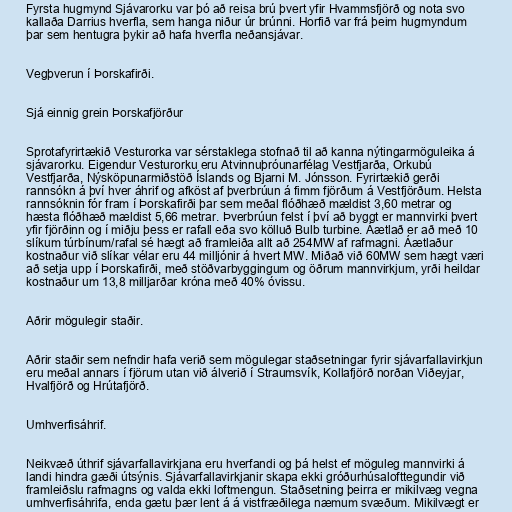
Fyrsta hugmynd Sjávarorku var þó að reisa brú þvert yfir Hvammsfjörð og nota svo
kallaða Darrius hverfla, sem hanga niður úr brúnni. Horfið var frá þeim hugmyndum
þar sem hentugra þykir að hafa hverfla neðansjávar.

Vegþverun í Þorskafirði.

Sjá einnig grein Þorskafjörður

Sprotafyrirtækið Vesturorka var sérstaklega stofnað til að kanna nýtingarmöguleika á
sjávarorku. Eigendur Vesturorku eru Atvinnuþróunarfélag Vestfjarða, Orkubú
Vestfjarða, Nýsköpunarmiðstöð Íslands og Bjarni M. Jónsson. Fyrirtækið gerði
rannsókn á því hver áhrif og afköst af þverbrúun á fimm fjörðum á Vestfjörðum. Helsta
rannsóknin fór fram í Þorskafirði þar sem meðal flóðhæð mældist 3,60 metrar og
hæsta flóðhæð mældist 5,66 metrar. Þverbrúun felst í því að byggt er mannvirki þvert
yfir fjörðinn og í miðju þess er rafall eða svo kölluð Bulb turbine. Áætlað er að með 10
slíkum túrbínum/rafal sé hægt að framleiða allt að 254MW af rafmagni. Áætlaður
kostnaður við slíkar vélar eru 44 milljónir á hvert MW. Miðað við 60MW sem hægt væri
að setja upp í Þorskafirði, með stöðvarbyggingum og öðrum mannvirkjum, yrði heildar
kostnaður um 13,8 milljarðar króna með 40% óvissu.

Aðrir mögulegir staðir.

Aðrir staðir sem nefndir hafa verið sem mögulegar staðsetningar fyrir sjávarfallavirkjun
eru meðal annars í fjörum utan við álverið í Straumsvík, Kollafjörð norðan Viðeyjar,
Hvalfjörð og Hrútafjörð.

Umhverfisáhrif.

Neikvæð úthrif sjávarfallavirkjana eru hverfandi og þá helst ef möguleg mannvirki á
landi hindra gæði útsýnis. Sjávarfallavirkjanir skapa ekki gróðurhúsalofttegundir við
framleiðslu rafmagns og valda ekki loftmengun. Staðsetning þeirra er mikilvæg vegna
umhverfisáhrifa, enda gætu þær lent á á vistfræðilega næmum svæðum. Mikilvægt er